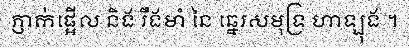
ភ្ញាក់ផ្អើល និង រឹងមាំ នៃ ឆ្នេរសមុទ្រ ហាឡុង ។